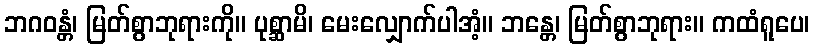
ဘဂဝန္တံ၊ မြတ်စွာဘုရားကို။ ပုစ္ဆာမိ၊ မေးလျှောက်ပါအံ့။ ဘန္တေ၊ မြတ်စွာဘုရား။ ကထံရူပေ၊